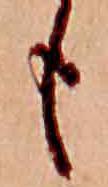
も